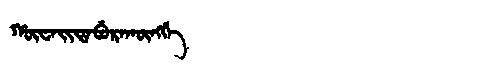
Manchu: ᡥᡡᠸᠠᡳᡨᠠᠪᡠᡵᠠᡴᡡᠩᡤᡝ
Romanization: HŪWAITABURAKŪNGGE